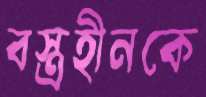
বস্ত্রহীনকে